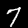
Label: 7